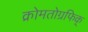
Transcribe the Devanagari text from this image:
क्रोमतोग्रफिक्